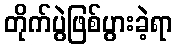
တိုက်ပွဲဖြစ်ပွားခဲ့ရာ